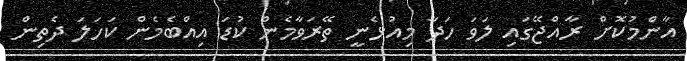
އާންމުކޮށް ރާއްޖޭގައި ލަވަ ހަދާ މިއުޅެނީ ތޭރަވާމެން ކުޑަ އިއްބެމެން ކަހަލަ ދެތިން